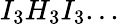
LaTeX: I_{3}H_{3}I_{3}...